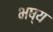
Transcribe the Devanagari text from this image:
भष्य